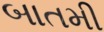
બાતમી